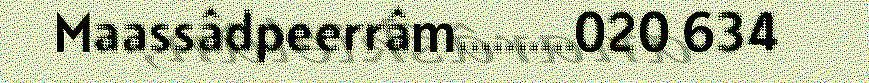
Maassâdpeerrâm..........020 634